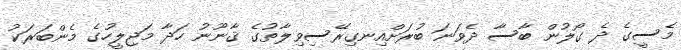
މެސީގެ ދެ ގޯލުން ބާސާ ދެވަނަ ބުރަށްއިނގިރޭސިވިލާތުގެ ޤާނޫނު ހަދާ މަޖިލީހުގެ މެންބަރަކު